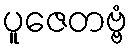
ပူဇေတဗ္ဗံ